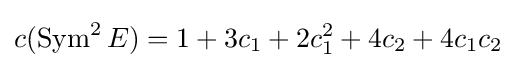
c(\operatorname {Sym} ^{2}E)=1+3c_{1}+2c_{1}^{2}+4c_{2}+4c_{1}c_{2}